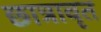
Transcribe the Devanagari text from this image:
छात्रावृत